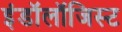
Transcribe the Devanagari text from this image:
इंडॉलॉजिस्ट